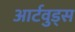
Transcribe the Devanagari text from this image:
आर्टवुड्स